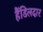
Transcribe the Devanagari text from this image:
हैंडिलदार